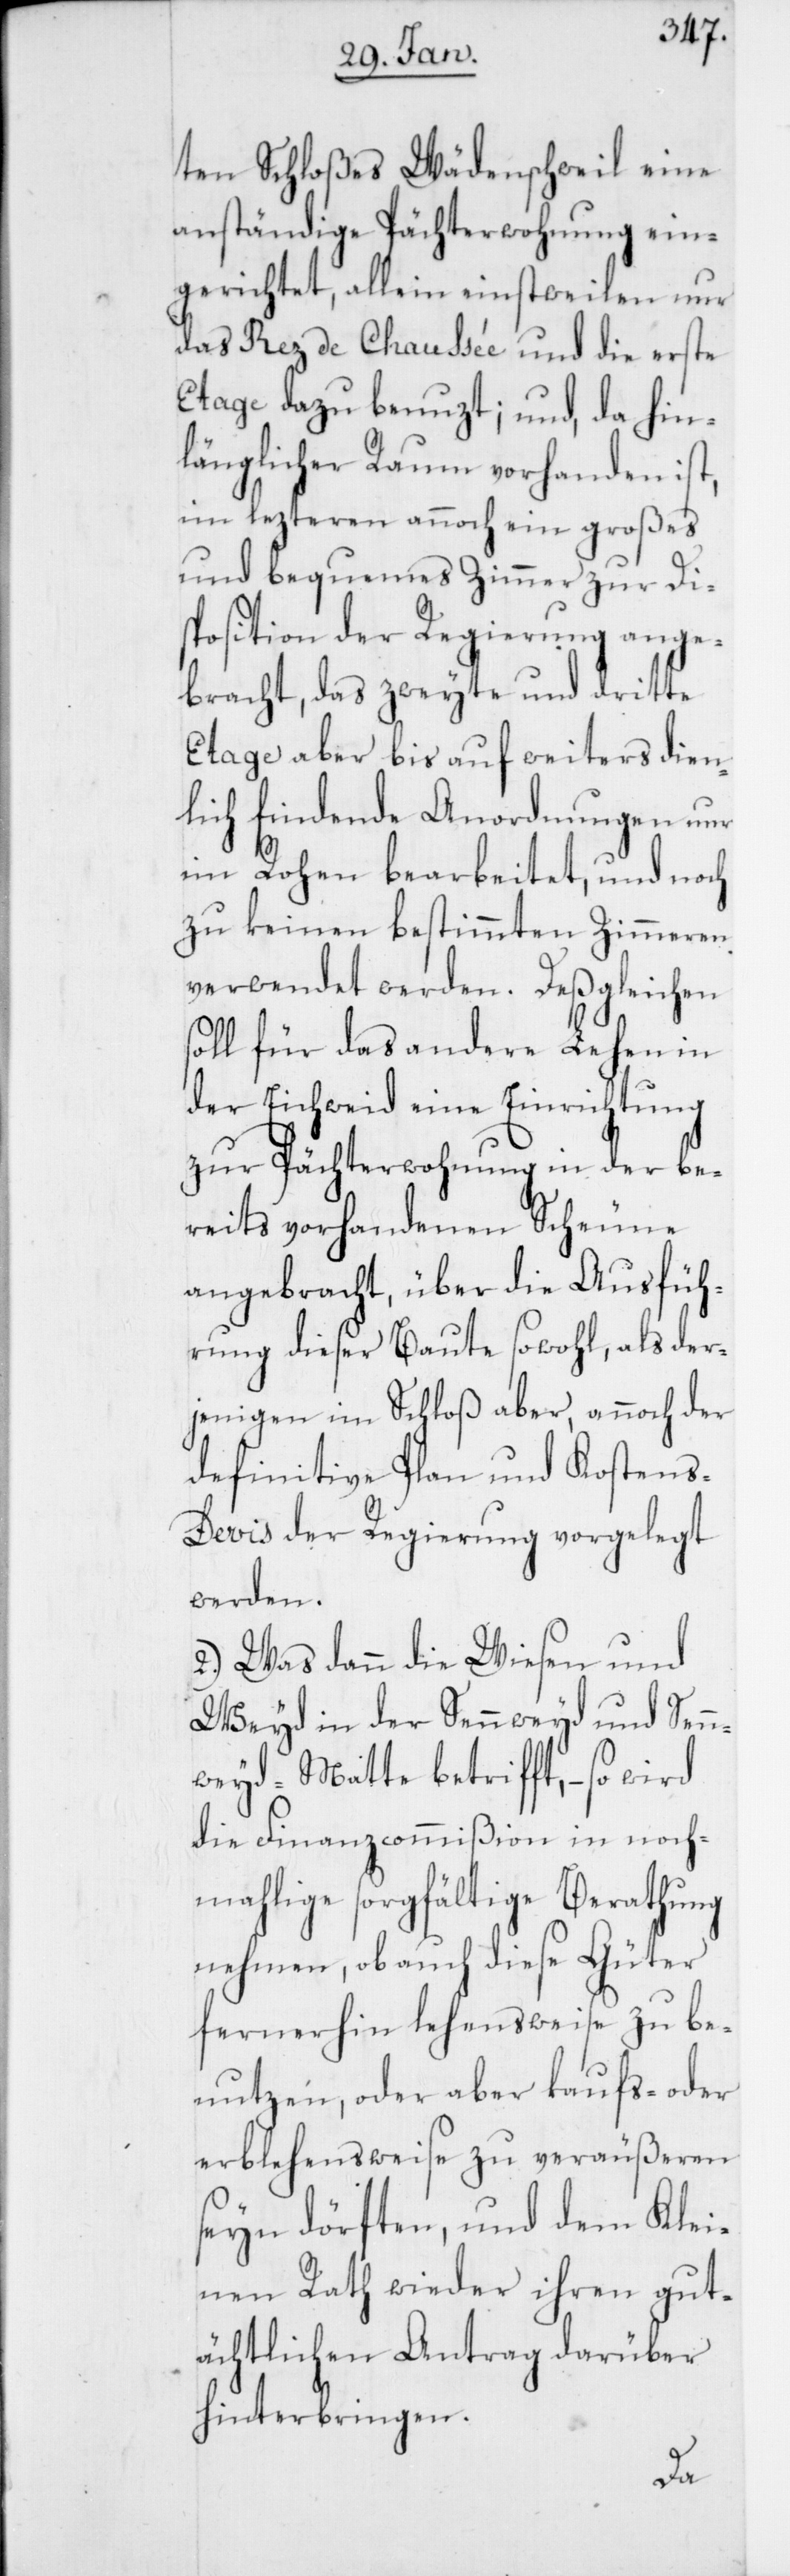
ten Schloßes Wädenschweil eine
anständige Pächterwohnung ein¬
gerichtet, allein einstweilen nur
das Rez de Chaussée und die erste
Etage dazu benuzt; und da hin¬
länglicher Raum vorhanden ist,
im lezteren annoch ein großes
und bequemes Zimmer zur Di¬
sposition der Regierung ange¬
bracht, das zweyte und dritte
Etage aber bis auf weiters dien¬
lich findende Anordnungen nur
im Rohen bearbeitet, und noch
zu keinen bestimmten Zimmeren
verwendet werden. Deßgleichen
soll für das andere Lehen in
der Eichweid eine Einrichtung
zur Pächterwohnung in der be¬
reits vorhandenen Scheune
angebracht, über die Ausfüh¬
rung dieser Baute sowohl, als der¬
jenigen im Schloß aber, annoch der
definitive Plan und Kostens-D¬
evis der Regierung vorgelegt
werden.
2.) Was dann die Wiesen und
Weyd in der Sennweyd und Senn¬
weyd-Matte betrifft, – so wird
die Finanzcommißion in noch¬
mahlige sorgfältige Berathung
nehmen, ob auch diese Güter
fernerhin lehensweise zu be¬
nutzen, oder aber kaufs- oder
erblehensweise zu veräußeren
seyn dörften, und dem Klei¬
nen Rath wieder ihren gut¬
ächtlichen Antrag darüber
hinterbringen.